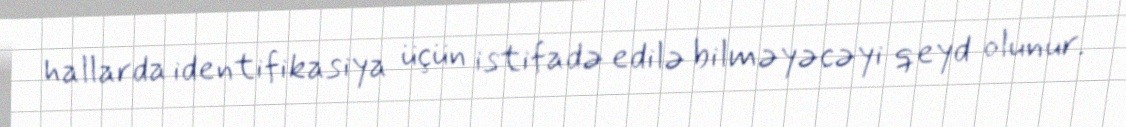
hallarda identifikasiya üçün istifadə edilə bilməyəcəyi qeyd olunur.